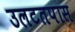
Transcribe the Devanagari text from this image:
उलटतपास